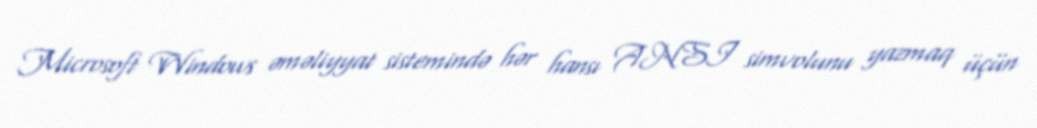
Microsoft Windows əməliyyat sistemində hər hansı ANSI simvolunu yazmaq üçün